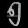
Digit: ၅